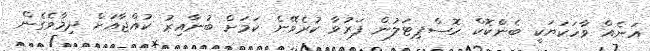
އަނެއް ވާހަކަޔަކީ ބެންކޮކް ހޮސްޕިޓަލުން ފަރުވާ ކުރެވޭނެ ކަމަށް ބުނާއިރު ކުއްޖާއަށް ދިމާވެގެން